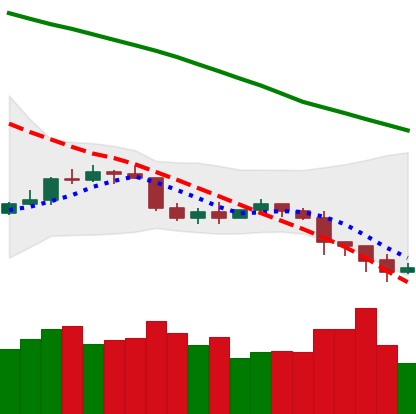
Ticker: ETC-USD
Chart end date: 2022-01-09
Forward return: 7.456%
Label: up_7plus